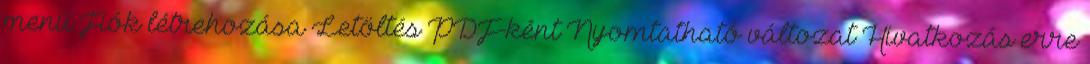
menü Fiók létrehozása Letöltés PDF-ként Nyomtatható változat Hivatkozás erre